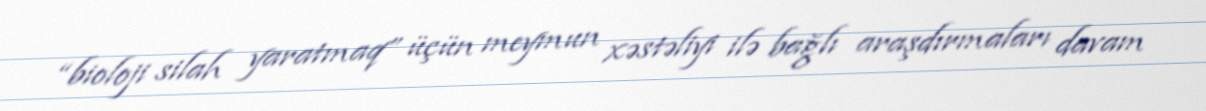
“bioloji silah yaratmaq” üçün meymun xəstəliyi ilə bağlı araşdırmaları davam